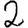
Digit: 2